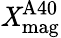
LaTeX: \mathit{X}_{\mathrm{{mag}}}^{\mathrm{{A40}}}